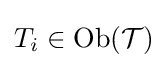
T_{i}\in \operatorname {Ob} ({\mathcal {T}})